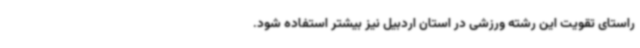
راستای تقویت این رشته ورزشی در استان اردبیل نیز بیشتر استفاده شود.